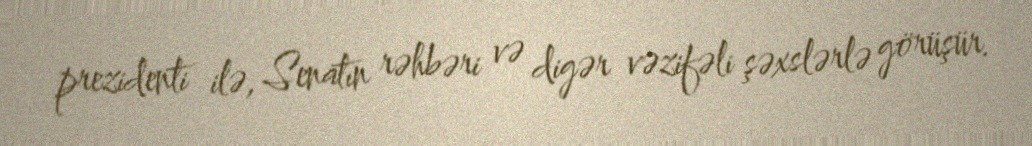
prezidenti ilə, Senatın rəhbəri və digər vəzifəli şəxslərlə görüşür.